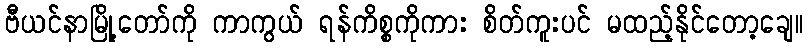
ဗီယင်နာမြို့တော်ကို ကာကွယ် ရန်ကိစ္စကိုကား စိတ်ကူးပင် မထည့်နိုင်တော့ချေ။